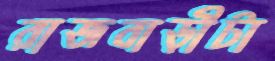
রাজবাড়ীটা